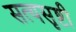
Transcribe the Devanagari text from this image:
सत्यसृष्टी